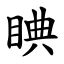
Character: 睓